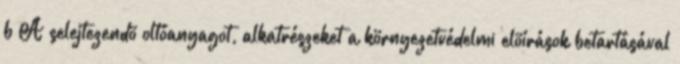
b A selejtezendõ oltóanyagot, alkatrészeket a környezetvédelmi elõírások betartásával